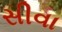
સીવા